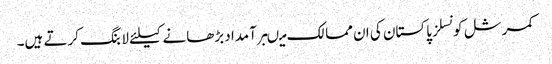
کمرشل کونسلز پاکستان کی ان ممالک میںبرآمداد بڑھانے کیلئے لابنگ کرتے ہیں۔